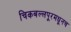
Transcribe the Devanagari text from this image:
चिकबल्लपूरमधूनच